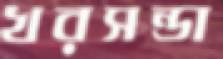
খরসন্ডা